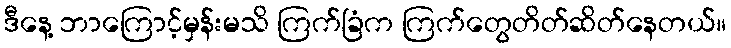
ဒီနေ့ ဘာကြောင့်မှန်းမသိ ကြက်ခြံက ကြက်တွေတိတ်ဆိတ်နေတယ်။